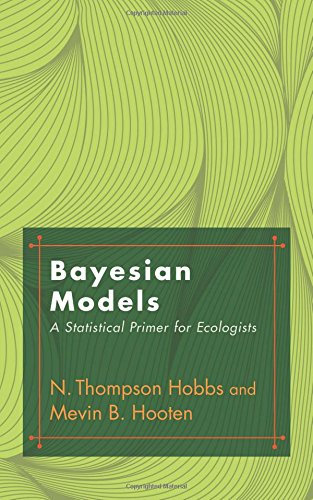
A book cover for Bayesian Models: A Statistical Primer for Ecologists; N. Thompson Hobbs; Science & Math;